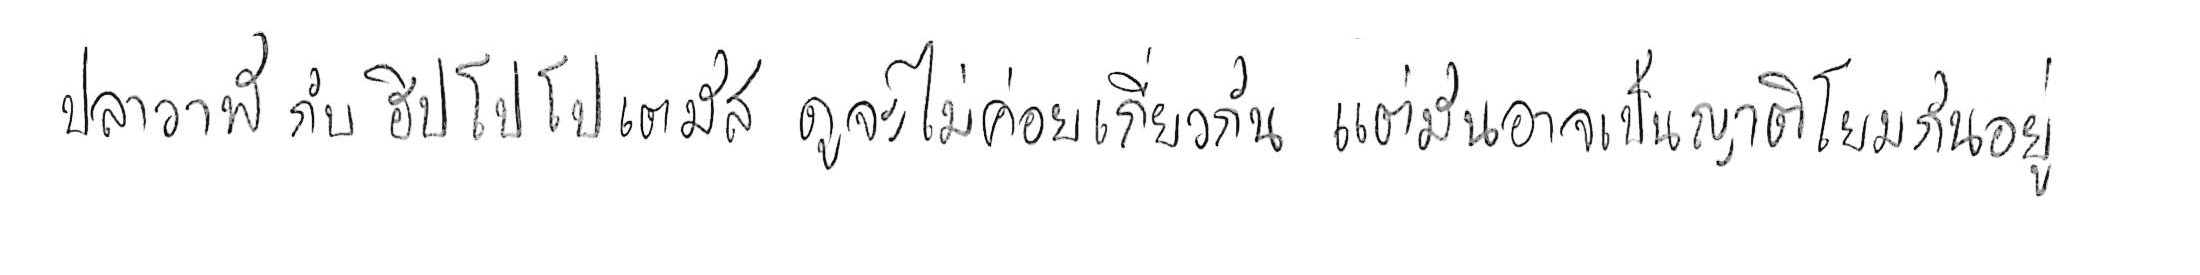
ปลาวาฬ กับ ฮิปโปโปเตมัส ดูจะไม่ค่อยเกี่ยวกัน แต่มันอาจเป็นญาติโยมกันอยู่